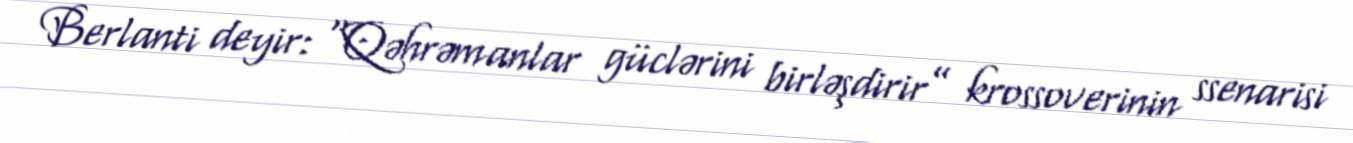
Berlanti deyir: “Qəhrəmanlar güclərini birləşdirir” krossoverinin ssenarisi